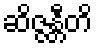
ဆိဇ္ဇန္တီတိ